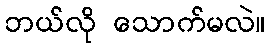
ဘယ်လို သောက်မလဲ။